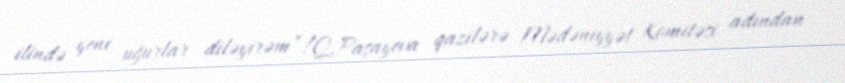
ilində yeni uğurlar diləyirəm”!Q.Paşayeva qazilərə Mədəniyyət Komitəsi adından